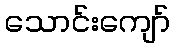
သောင်းကျော်